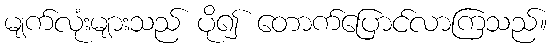
မျက်လုံးများသည် ပို၍ တောက်ပြောင်လာကြသည်။